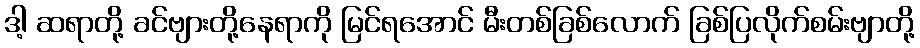
ဒါ့ ဆရာတို့ ခင်ဗျားတို့နေရာကို မြင်ရအောင် မီးတစ်ခြစ်လောက် ခြစ်ပြလိုက်စမ်းဗျာတို့